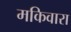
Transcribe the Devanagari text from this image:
मकिवारा